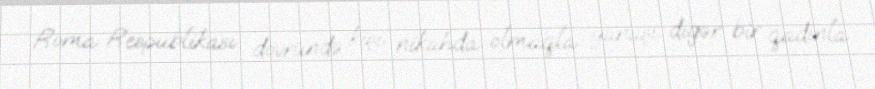
Roma Respublikası dövründə kişi nikahda olmaqla yanaşı digər bir qadınla